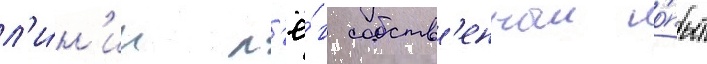
л'и́н'ии л'ё́г собств'енныи о́пыт